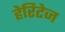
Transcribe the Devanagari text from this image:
हेरिटेज